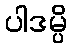
ပါဒမ္ပိ